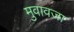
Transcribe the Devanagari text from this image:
मुवावजा